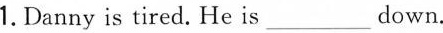
1.Danny is tired. He is___down.